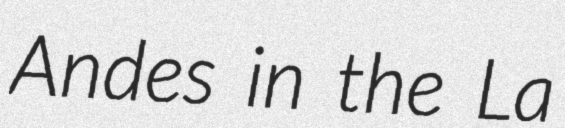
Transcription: Andes in the La